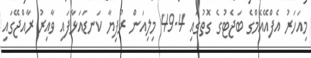
މިއަހަރު އެފްއޭއެމްގެ ބަޖެޓުގެ ގޮތުގައި 49.4 މިލިއަން ރުފިޔާ ކަނޑައަޅާފައި ވާއިރު ރާއްޖޭގައި